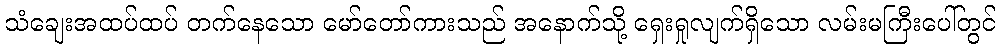
သံချေးအထပ်ထပ် တက်နေသော မော်တော်ကားသည် အနောက်သို့ ရှေးရှုလျက်ရှိသော လမ်းမကြီးပေါ်တွင်